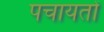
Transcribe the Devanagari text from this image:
पचायतों